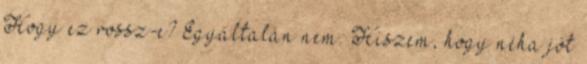
Hogy ez rossz-e? Egyáltalán nem. Hiszem, hogy néha jót